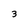
Character: 3